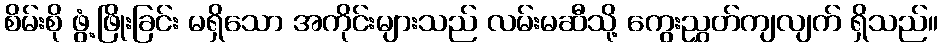
စိမ်းစို ဖွံ့ဖြိုးခြင်း မရှိသော အကိုင်းများသည် လမ်းမဆီသို့ ကွေးညွှတ်ကျလျက် ရှိသည်။